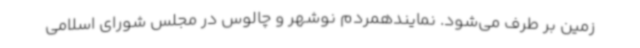
زمین بر طرف می‌شود. نمایندهمردم نوشهر و چالوس در مجلس شورای اسلامی